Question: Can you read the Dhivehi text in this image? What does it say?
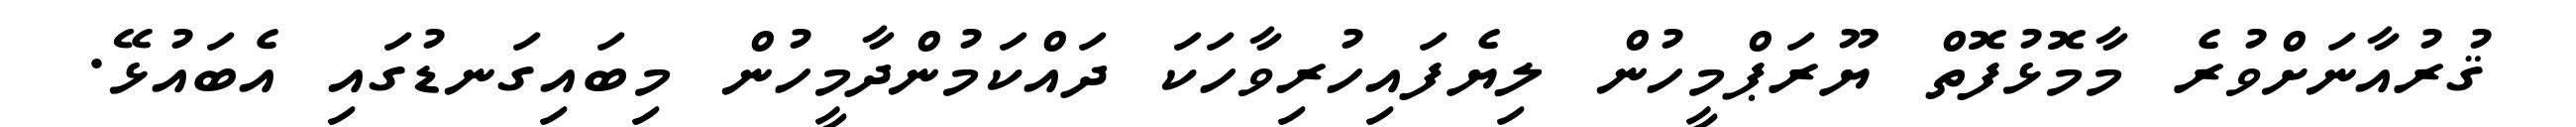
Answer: ޤުރުއާނަށްވުރެ މާމޮޅުފޮތް ޔޫރަޕްމީހުން ލިޔެފައިހުރިވާހަކަ ދައްކަމުންދާމީހުން މިބައިގަނޑުގައި އެބައުޅޭ.